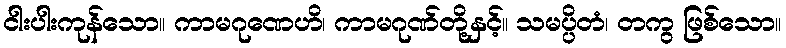
ငါးပါးကုန်သော။ ကာမဂုဏေဟိ၊ ကာမဂုဏ်တို့နှင့်။ သမပ္ပိတံ၊ တကွ ဖြစ်သော။